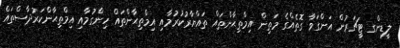
ލީޑިންގ ޓީޗަރުން އަންގަވާ ގޮތެއްގެ މަތިން އިމްތިޙާންތައް ތައްޔާރުކުރުމާއި އިމްތިޙާންތައް ހިންގުމާއި އިމްތިޙާންކަރުދާސްތައް